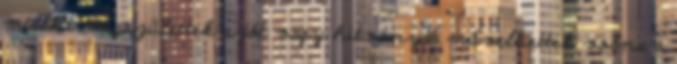
mielőtt megszülettek s jót vagy hitványat művelhettek volna a